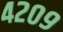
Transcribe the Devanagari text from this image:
४२०९